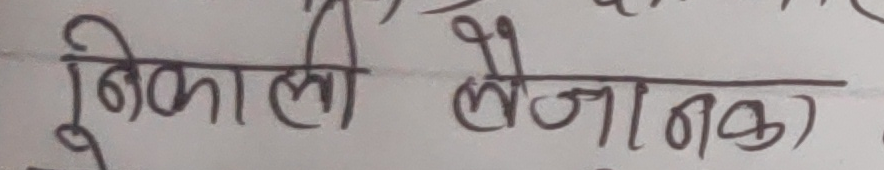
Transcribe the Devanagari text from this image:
निकाली लैजानका)